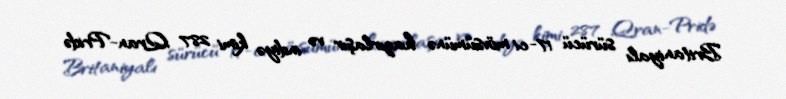
Britaniyalı sürücü 17-ci mövsümünə hazırlaşır və indiyə kimi 287 Qran-Pridə